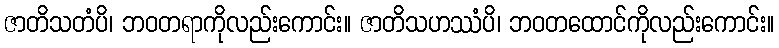
ဇာတိသတံပိ၊ ဘဝတရာကိုလည်းကောင်း။ ဇာတိသဟဿံပိ၊ ဘဝတထောင်ကိုလည်းကောင်း။